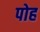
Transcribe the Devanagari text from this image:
पोह